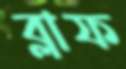
ব্লাফ